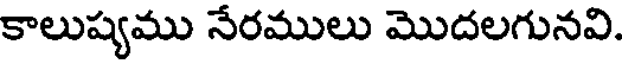
కాలుష్యము నేరములు మొదలగునవి.